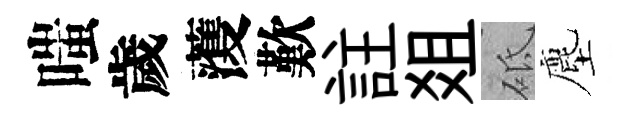
嗤歲𮑮歎註爼砥塵